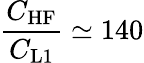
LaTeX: \frac{C_{\mathrm{HF}}}{C_{\mathrm{L1}}}\simeq 140